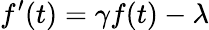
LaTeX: f^{\prime}(t)=\gamma f(t)-\lambda